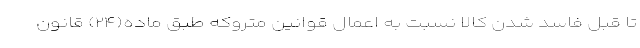
تا قبل فاسد شدن کالا نسبت به اعمال قوانین متروکه طبق ماده(۲۴) قانون